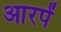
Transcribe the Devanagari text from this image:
आरपें